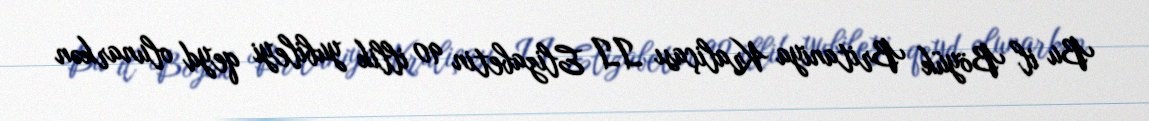
Bu il Böyük Britaniya Kraliçası II Elizabetin 90 illik yubileyi qeyd olunarkən